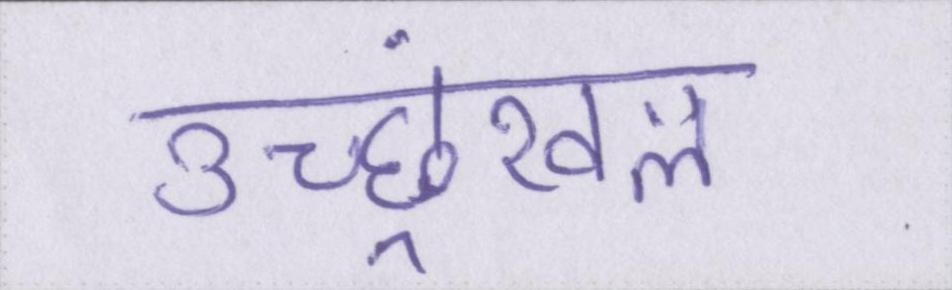
उच्छ्रंखल